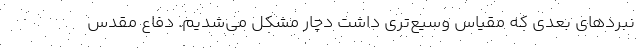
نبردهای بعدی که مقیاس وسیع‌تری داشت دچار مشکل می‌شدیم. دفاع مقدس